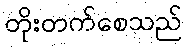
တိုးတက်စေသည်